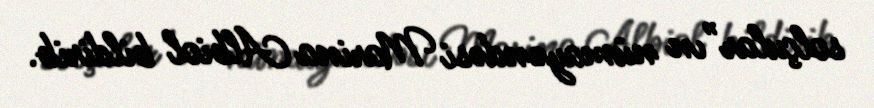
solçular”ın nümayəndəsi Marina Albiol bildirib.